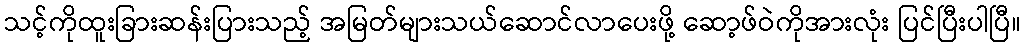
သင့်ကိုထူးခြားဆန်းပြားသည့် အမြတ်များသယ်ဆောင်လာပေးဖို့ ဆော့ဖ်ဝဲကိုအားလုံး ပြင်ပြီးပါပြီ။